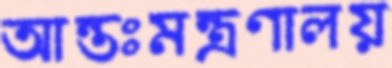
আন্তঃমন্ত্রণালয়